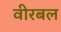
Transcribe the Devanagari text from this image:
वीरबल